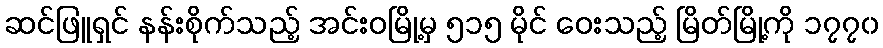
ဆင်ဖြူရှင် နန်းစိုက်သည့် အင်းဝမြို့မှ ၅၁၅ မိုင် ဝေးသည့် မြိတ်မြို့ကို ၁၇၇၀